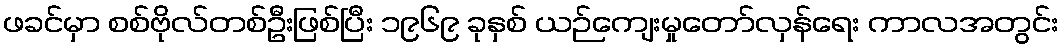
ဖခင်မှာ စစ်ဗိုလ်တစ်ဦးဖြစ်ပြီး ၁၉၆၉ ခုနှစ် ယဉ်ကျေးမှုတော်လှန်ရေး ကာလအတွင်း